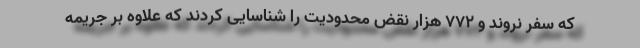
که سفر نروند و ۷۷۲ هزار نقض محدودیت را شناسایی کردند که علاوه بر جریمه